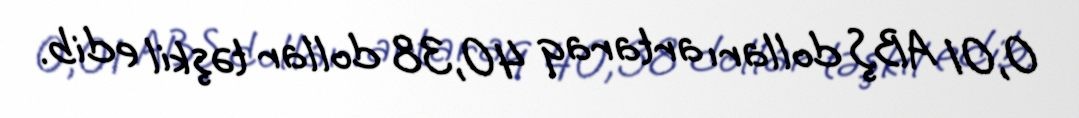
0,01 ABŞ dolları artaraq 40,38 dollar təşkil edib.